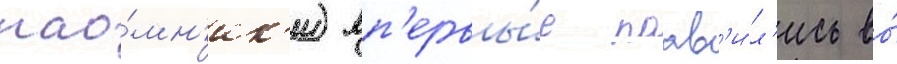
нао́мн'ик'и) вп'ервы́е поав'и́л'ись во́